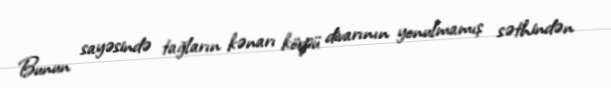
Bunun sayəsində tağların kənarı körpü divarının yonulmamış səthindən